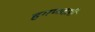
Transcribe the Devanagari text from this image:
हगणदारी